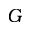
G